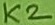
Text: K2